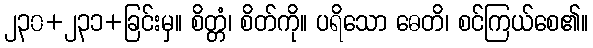
၂၃၀+၂၃၁+ခြင်းမှ။ စိတ္တံ၊ စိတ်ကို။ ပရိသော ဓေတိ၊ စင်ကြယ်စေ၏။